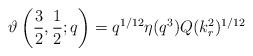
LaTeX: \begin{align*}\vartheta\left(\frac{3}{2},\frac{1}{2};q\right)=q^{1/12}\eta(q^3)Q(k_r^2)^{1/12}\end{align*}